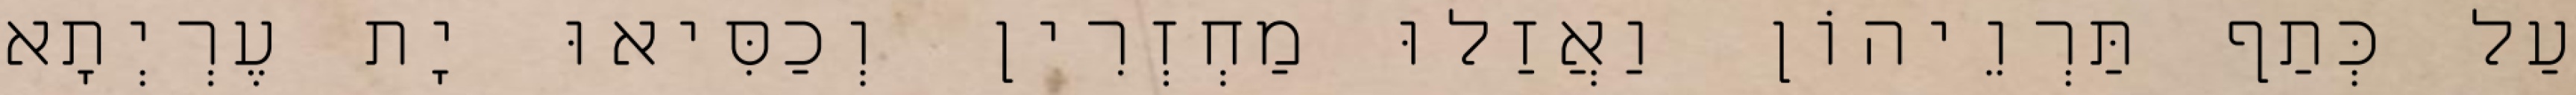
עַל כְּתַף תַּרְוֵיהוֹן וַאֲזַלוּ מַחְזְרִין וְכַסִּיאוּ יָת עֶרְיְתָא